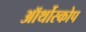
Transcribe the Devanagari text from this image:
ऑर्थोस्कोप